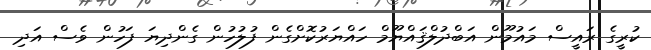
ކުރީގެ ރައީސް މައުމޫން އަބްދުލްޤައްޔޫމް ހައްޔަރުކޮށްގެން ފުލުހުން ގެންދިޔަ ފަހުން ވެސް އަދި